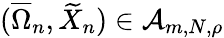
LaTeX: (\overline{\Omega}_{n},\widetilde X_{n})\in\mathcal A_{m,N,\rho}